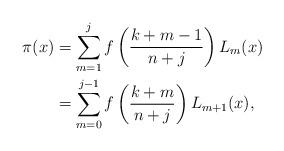
LaTeX: \begin{align*}\pi(x) & = \sum_{m=1}^j f \left( \frac{k + m - 1}{n+j} \right) L_m (x) \\& = \sum_{m=0}^{j-1} f \left( \frac{k + m}{n+j} \right) L_{m+1} (x),\end{align*}